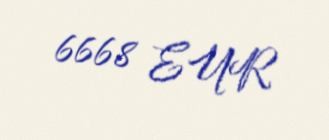
6668 EUR